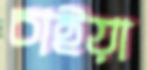
চাইয়া